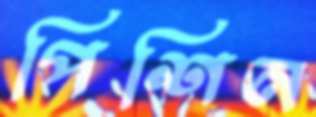
পিশিন